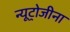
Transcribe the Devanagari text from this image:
न्यूट्रोजीना